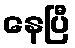
နေပြီ